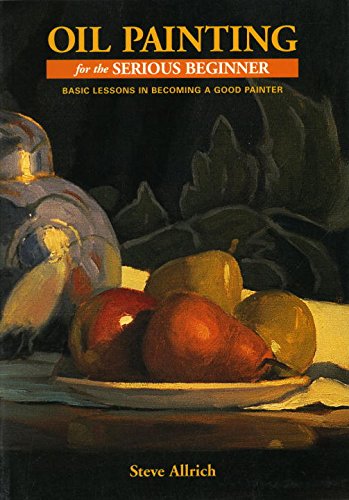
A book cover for Oil Painting for the Serious Beginner: Basic Lessons in Becoming a Good Painter; Steve Allrich; Arts & Photography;